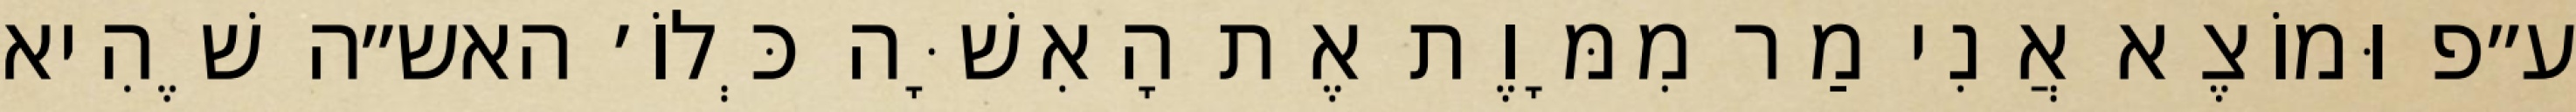
ע״פ וּמוֹצֶא אֲנִי מַר מִמָּוֶת אֶת הָאִשָּׁה כְּלוֹ׳ האש״ה שֶׁהִיא